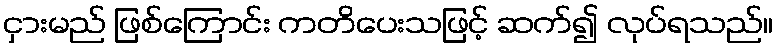
ငှားမည် ဖြစ်ကြောင်း ကတိပေးသဖြင့် ဆက်၍ လုပ်ရသည်။